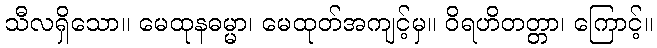
သီလရှိသော။ မေထုနဓမ္မာ၊ မေထုတ်အကျင့်မှ။ ဝိရဟိတတ္တာ၊ ကြောင့်။